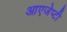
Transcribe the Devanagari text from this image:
आएजेप्टी